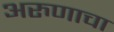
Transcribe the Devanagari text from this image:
अरुणाचा